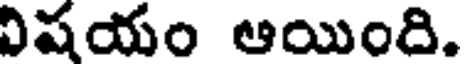
విషయం ఆయింది.